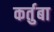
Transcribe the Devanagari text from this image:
कर्तुबा